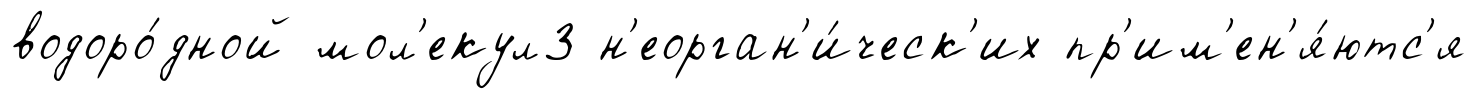
водоро́дной мол'екул3 н'еорган'и́ческ'их пр'им'ен'я́ютс'я